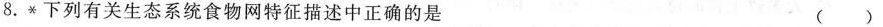
8.*下列有关生态系统食物网特征描述中正确的是 （）